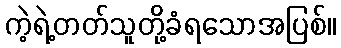
ကဲ့ရဲ့တတ်သူတို့ခံရသောအပြစ်။